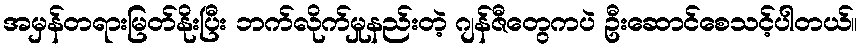
အမှန်တရားမြတ်နိုးပြီး ဘက်လိုက်မှုနည်းတဲ့ ဂျန်ဇီတွေကပဲ ဦးဆောင်စေသင့်ပါတယ်။